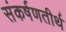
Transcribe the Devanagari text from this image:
संकर्षणतीर्थ